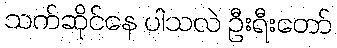
သက်ဆိုင်နေ ပါသလဲ ဦးရီးတော်